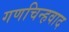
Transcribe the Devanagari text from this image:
गणचिन्हवाद